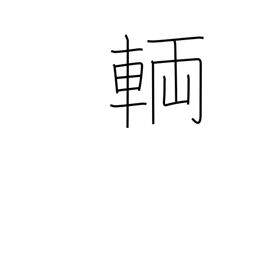
Meaning: numerary adjunct for vehicles